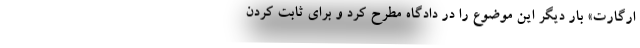
ارگارت» بار دیگر این موضوع را در دادگاه مطرح کرد و برای ثابت کردن